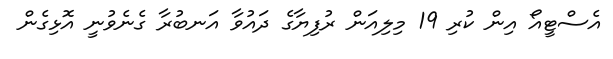
އެސްޓީއޯ އިން ކުރި 19 މިލިއަން ރުފިޔާގެ ދައުވާ އަނބުރާ ގެނެވުނީ އޮޅިގެން